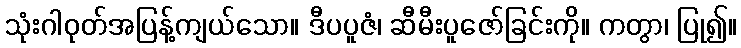
သုံးဂါဝုတ်အပြန့်ကျယ်သော။ ဒီပပူဇံ၊ ဆီမီးပူဇော်ခြင်းကို။ ကတွာ၊ ပြု၍။